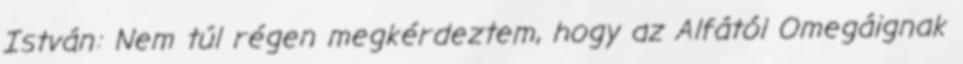
István: Nem túl régen megkérdeztem, hogy az Alfától Omegáignak